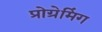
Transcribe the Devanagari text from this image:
प्रोग्रेमिंग